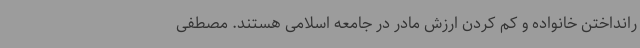
رانداختن خانواده و کم کردن ارزش مادر در جامعه اسلامی هستند. مصطفی